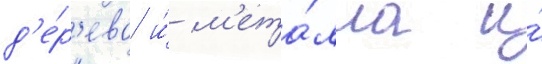
д'е́р'ева и́ м'ета́лла и́